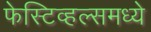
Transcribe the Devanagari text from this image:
फेस्टिव्हल्समध्ये